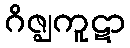
ဂိဇ္ဈကူဋာ